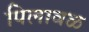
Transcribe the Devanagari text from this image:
पिलावळ